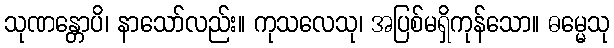
သုဏန္တောပိ၊ နာသော်လည်း။ ကုသလေသု၊ အပြစ်မရှိကုန်သော။ ဓမ္မေသု